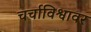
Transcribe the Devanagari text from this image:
चर्चाविश्वावर